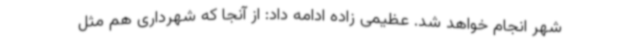
شهر انجام خواهد شد. عظیمی زاده ادامه داد: از آنجا که شهرداری هم مثل